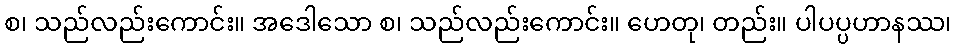
စ၊ သည်လည်းကောင်း။ အဒေါသော စ၊ သည်လည်းကောင်း။ ဟေတု၊ တည်း။ ပါပပ္ပဟာနဿ၊